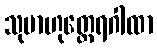
သုဗာဟုတ္ထေရဂါထာ